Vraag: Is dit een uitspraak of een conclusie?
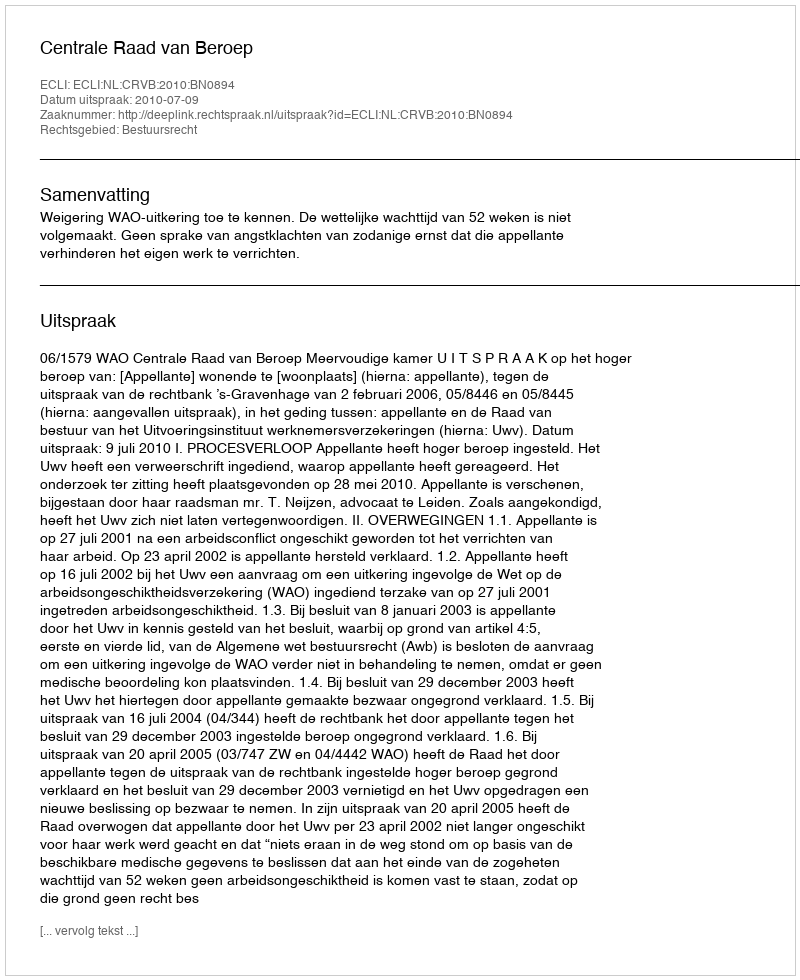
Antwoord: Uitspraak